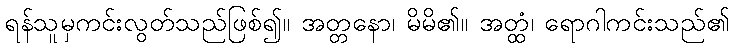
ရန်သူမှကင်းလွတ်သည်ဖြစ်၍။ အတ္တနော၊ မိမိ၏။ အတ္ထံ၊ ရောဂါကင်းသည်၏